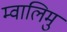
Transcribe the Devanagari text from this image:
म्वालिमु